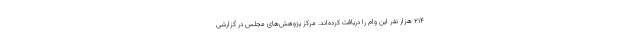
۲۱۴ هزار نفر این وام را دریافت کرده‌اند. مرکز پژوهش‌های مجلس در گزارشی